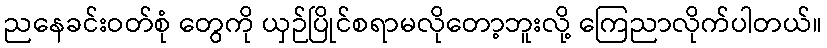
ညနေခင်းဝတ်စုံ တွေကို ယှဉ်ပြိုင်စရာမလိုတော့ဘူးလို့ ကြေညာလိုက်ပါတယ်။